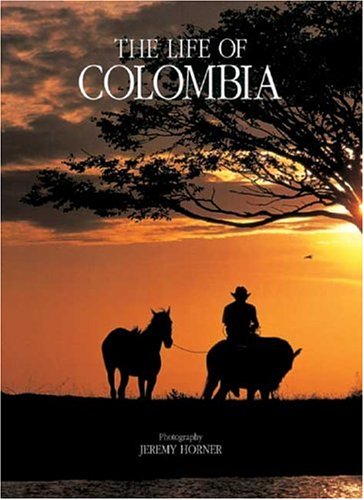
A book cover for The Life of Colombia; Jeremy Horner; Travel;